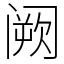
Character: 阙